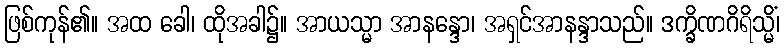
ဖြစ်ကုန်၏။ အထ ခေါ၊ ထိုအခါ၌။ အာယသ္မာ အာနန္ဒော၊ အရှင်အာနန္ဒာသည်။ ဒက္ခိဏဂိရိသ္မိံ၊